Scientific memoirs by medical officers of the Army of India - Part IX,
Year: 1895
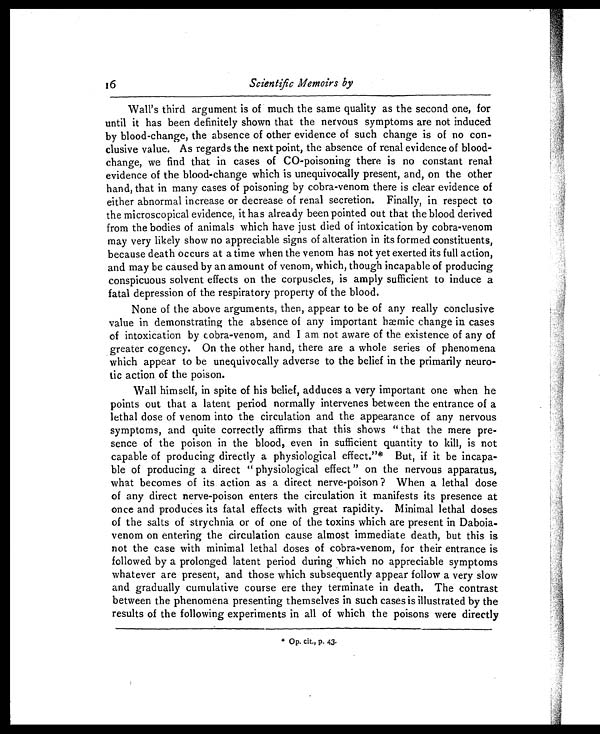
16
Scientific Memoirs by
Wall's third argument is of much the same quality as the second one, for
until it has been definitely shown that the nervous symptoms are not induced
by blood-change, the absence of other evidence of such change is of no con
-clusive value. As regards the next point, the absence of renal evidence of blood-
change, we find that in cases of CO-poisoning there is no constant renal
evidence of the blood-change which is unequivocally present, and, on the other
hand, that in many cases of poisoning by cobra-venom there is clear evidence of
either abnormal increase or decrease of renal secretion. Finally, in respect to
the microscopical evidence, it has already been pointed out that the blood derived
from the bodies of animals which have just died of intoxication by cobra-venom
may very likely show no appreciable signs of alteration in its formed constituents,
because death occurs at a time when the venom has not yet exerted its full action,
and may be caused by an amount of venom, which, though incapable of producing
conspicuous solvent effects on the corpuscles, is amply sufficient to induce a
fatal depression of the respiratory property of the blood.
None of the above arguments, then, appear to be of any really conclusive
value in demonstrating the absence of any important hæmic change in cases
of intoxication by cobra-venom, and I am not aware of the existence of any of
greater cogency. On the other hand, there are a whole series of phenomena
which appear to be unequivocally adverse to the belief in the primarily neuro
-tic action, of the poison.
Wall himself, in spite of his belief, adduces a very important one when he
points out that a latent period normally intervenes between the entrance of a
lethal dose of venom into the circulation and the appearance of any nervous
symptoms, and quite correctly affirms that this shows " that the mere pre
-sence of the poison in the blood, even in sufficient quantity to kill, is not
capable of producing directly a physiological effect."
* But, if it be incapa
-ble of producing a direct " physiological effect " on the nervous apparatus,
what becomes of its action as a direct nerve-poison ? When a lethal dose
of any direct nerve-poison enters the circulation it manifests its presence at
once and produces its fatal effects with great rapidity. Minimal lethal doses
of the salts of strychnia or of one of the toxins which are present in Daboia
-venom on entering the circulation cause almost immediate death, but this is
not the case with minimal lethal doses of cobra-venom, for their entrance is
followed by a prolonged latent period during which no appreciable symptoms
whatever are present, and those which subsequently appear follow a very slow
and gradually cumulative course ere they terminate in death. The contrast
between the phenomena presenting themselves in such cases is illustrated by the
results of the following experiments in all of which the poisons were directly
* Op. cit., p. 43.